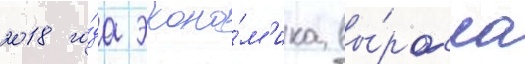
2018 го́да эконо́м'ика вы́росла